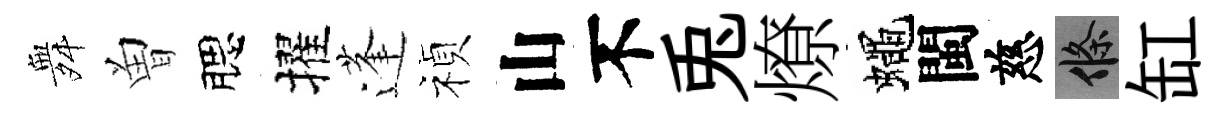
舞曽腮擢蓬禎山不兎燎蠅閩慈條缸